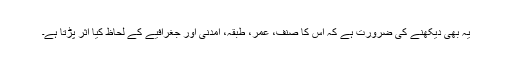
یہ بھی دیکھنے کی ضرورت ہے کہ اس کا صنف، عمر، طبقہ، آمدنی اور جغرافیے کے لحاظ کیا اثر پڑتا ہے۔